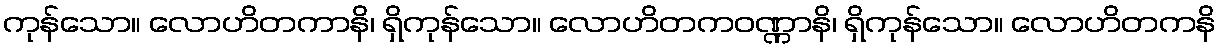
ကုန်သော။ လောဟိတကာနိ၊ ရှိကုန်သော။ လောဟိတကဝဏ္ဏာနိ၊ ရှိကုန်သော။ လောဟိတကနိ